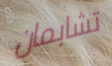
تشابمان